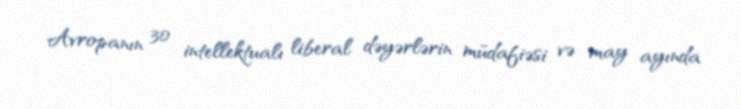
Avropanın 30 intellektualı liberal dəyərlərin müdafiəsi və may ayında